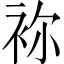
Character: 袮